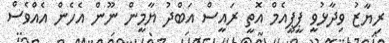
ރިޔާޒު ވިދާޅުވީ ޕީޕީއެމް އޮތީ ރައީސް އަބްދު ޔާމީން ނޫން އެހެން އެއްވެސް